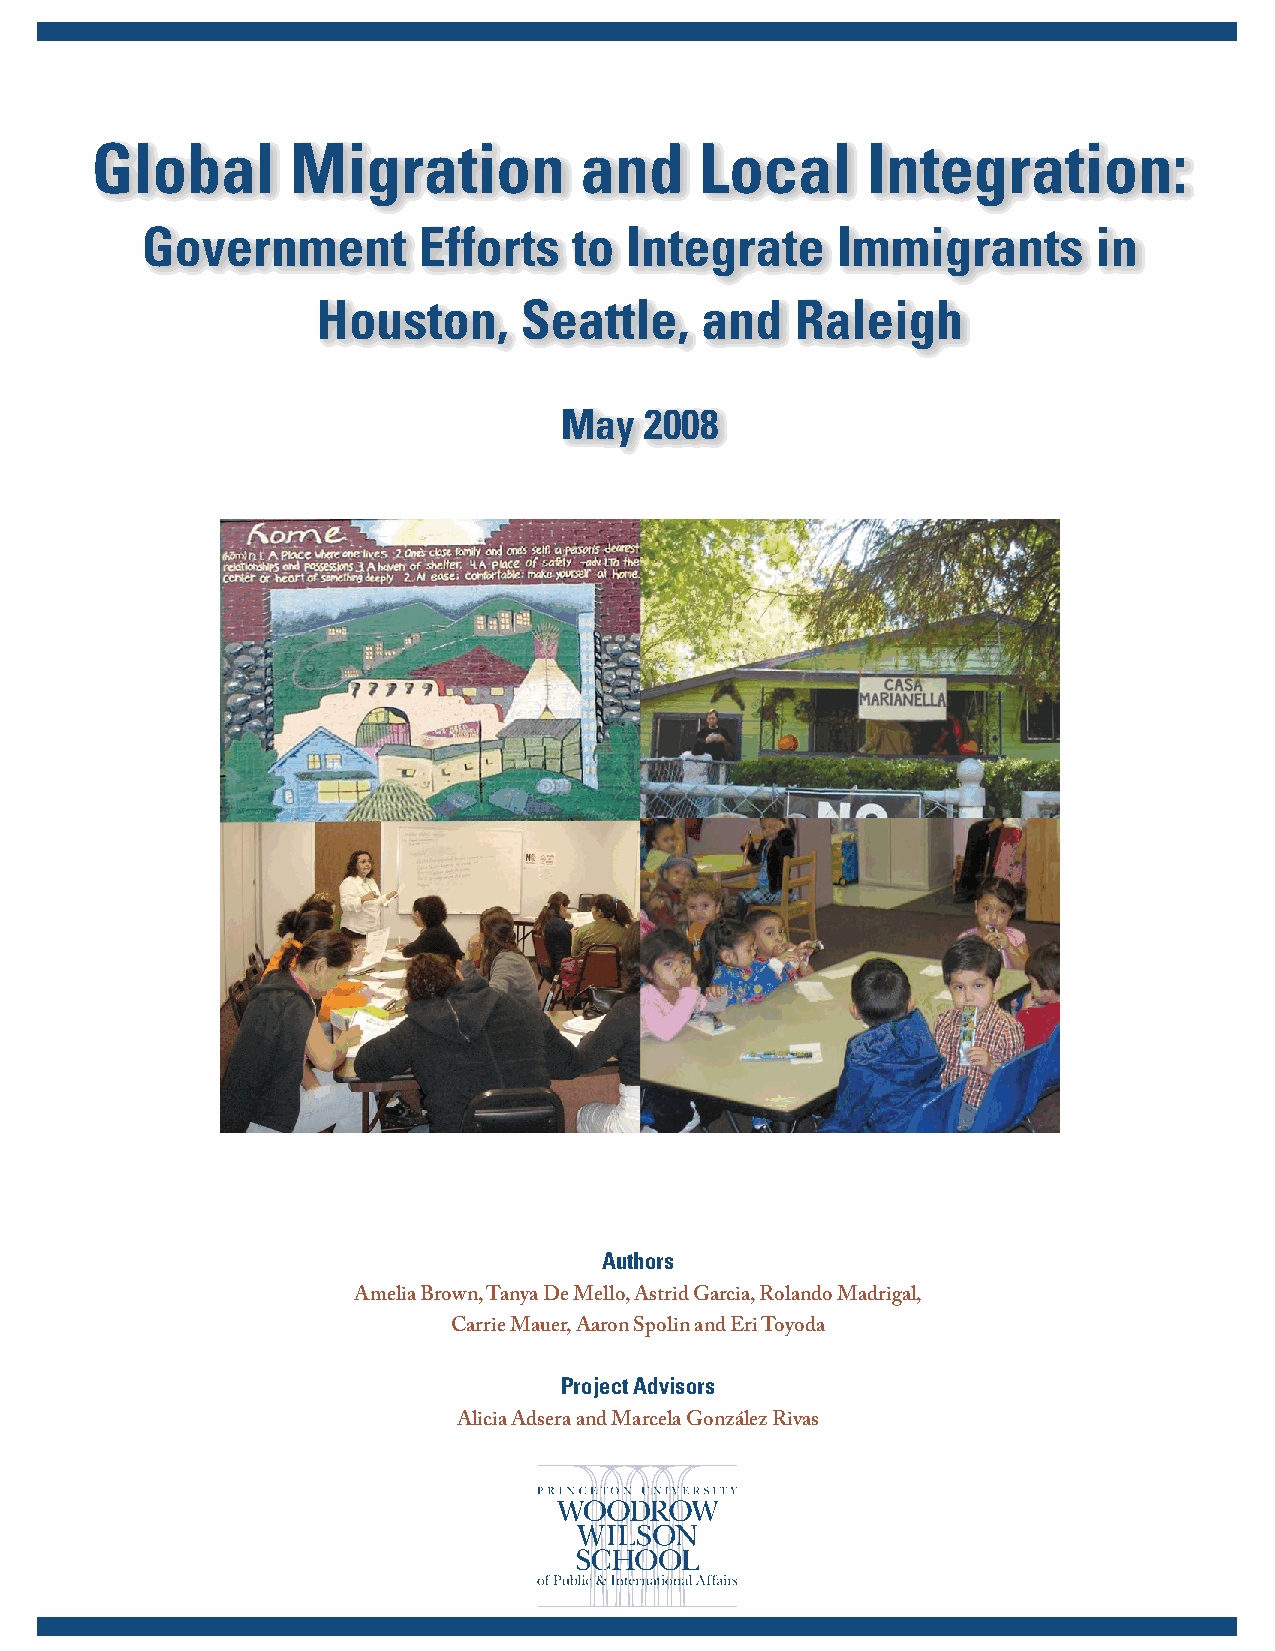
Global       Migration          and     Local      Integration:
 Government         Efforts   to Integrate     Immigrants        in
 Houston,     Seattle,    and    Raleigh
 May   2008
 Authors
 Amelia Brown, Tanya De Mello, Astrid Garcia, Rolando Madrigal,
 Carrie Mauer, Aaron Spolin and Eri Toyoda
 Project Advisors
 Alicia Adsera and Marcela González Rivas